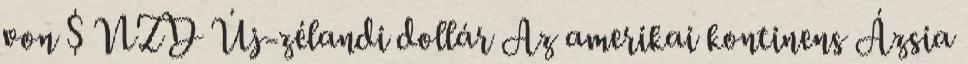
von $ NZD Új-zélandi dollár Az amerikai kontinens Ázsia